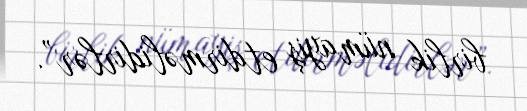
birlik nümayiş etdirməlidirlər”.